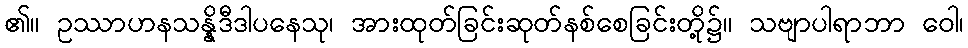
၏။ ဥဿာဟနသန္နိဒီဒါပနေသု၊ အားထုတ်ခြင်းဆုတ်နစ်စေခြင်းတို့၌။ သဗျာပါရာဘာ ဝေါ၊